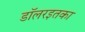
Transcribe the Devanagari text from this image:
डॉलरइतका